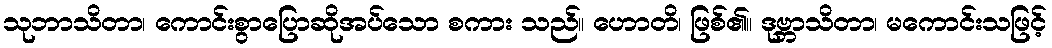
သုဘာသိတာ၊ ကောင်းစွာပြောဆိုအပ်သော စကား သည်။ ဟောတိ၊ ဖြစ်၏။ ဒုဗ္ဘာသိတာ၊ မကောင်းသဖြင့်